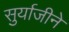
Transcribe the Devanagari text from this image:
सुर्याजीने